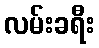
လမ်းခရီး